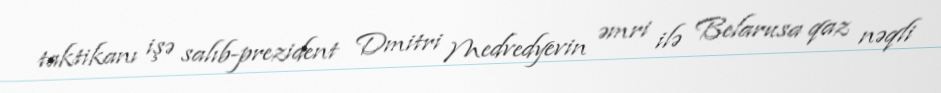
taktikanı işə salıb-prezident Dmitri Medvedyevin əmri ilə Belarusa qaz nəqli